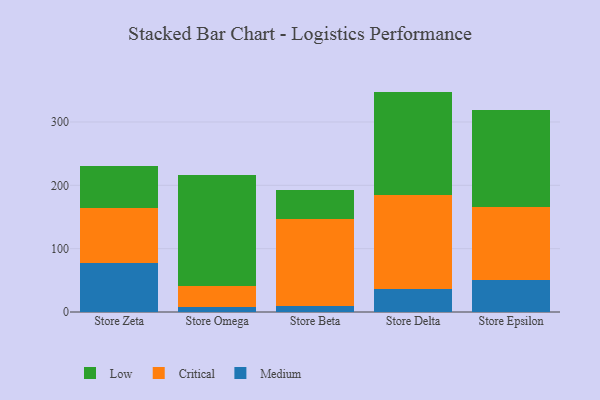
{"axis": {"x": "Store", "y": "Waste Production (Tons)"}, "legend": ["Critical", "Low", "Medium"], "data": [{"x": "Store Zeta", "y": 76.6, "type": "Medium"}, {"x": "Store Zeta", "y": 87.8, "type": "Critical"}, {"x": "Store Zeta", "y": 66.4, "type": "Low"}, {"x": "Store Omega", "y": 8.6, "type": "Medium"}, {"x": "Store Omega", "y": 31.7, "type": "Critical"}, {"x": "Store Omega", "y": 176.0, "type": "Low"}, {"x": "Store Beta", "y": 8.8, "type": "Medium"}, {"x": "Store Beta", "y": 137.3, "type": "Critical"}, {"x": "Store Beta", "y": 46.8, "type": "Low"}, {"x": "Store Delta", "y": 36.5, "type": "Medium"}, {"x": "Store Delta", "y": 148.2, "type": "Critical"}, {"x": "Store Delta", "y": 163.3, "type": "Low"}, {"x": "Store Epsilon", "y": 50.4, "type": "Medium"}, {"x": "Store Epsilon", "y": 115.6, "type": "Critical"}, {"x": "Store Epsilon", "y": 153.1, "type": "Low"}]}